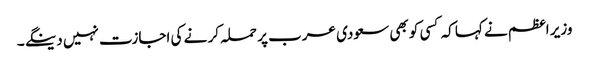
وزیر اعظم نے کہا کہ کسی کو بھی سعودی عرب پر حملہ کر نے کی اجازت نہیں دینگے ۔